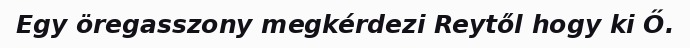
Egy öregasszony megkérdezi Reytől hogy ki Ő.